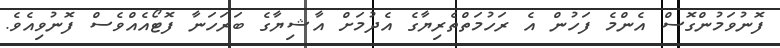
ފޮނުވަމުންގޮސް އެންމެ ފަހުން އެ ރަހުމަތްތެރިޔާގެ އެދުމަށް އާޝިޔާގެ ބަރަހަނާ ފޮޓޯއެއްވެސް ފޮނުވިއެވެ.